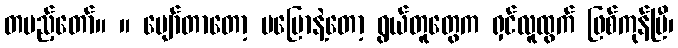
တပည့်တော်။ ။ ပျော်တာတော့ မပြောနဲ့တော့ ရွယ်တူတွေက ရှင်လူထွက် ဖြစ်ကုန်ပြီ၊